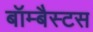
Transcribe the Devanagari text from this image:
बॉम्बैस्टस